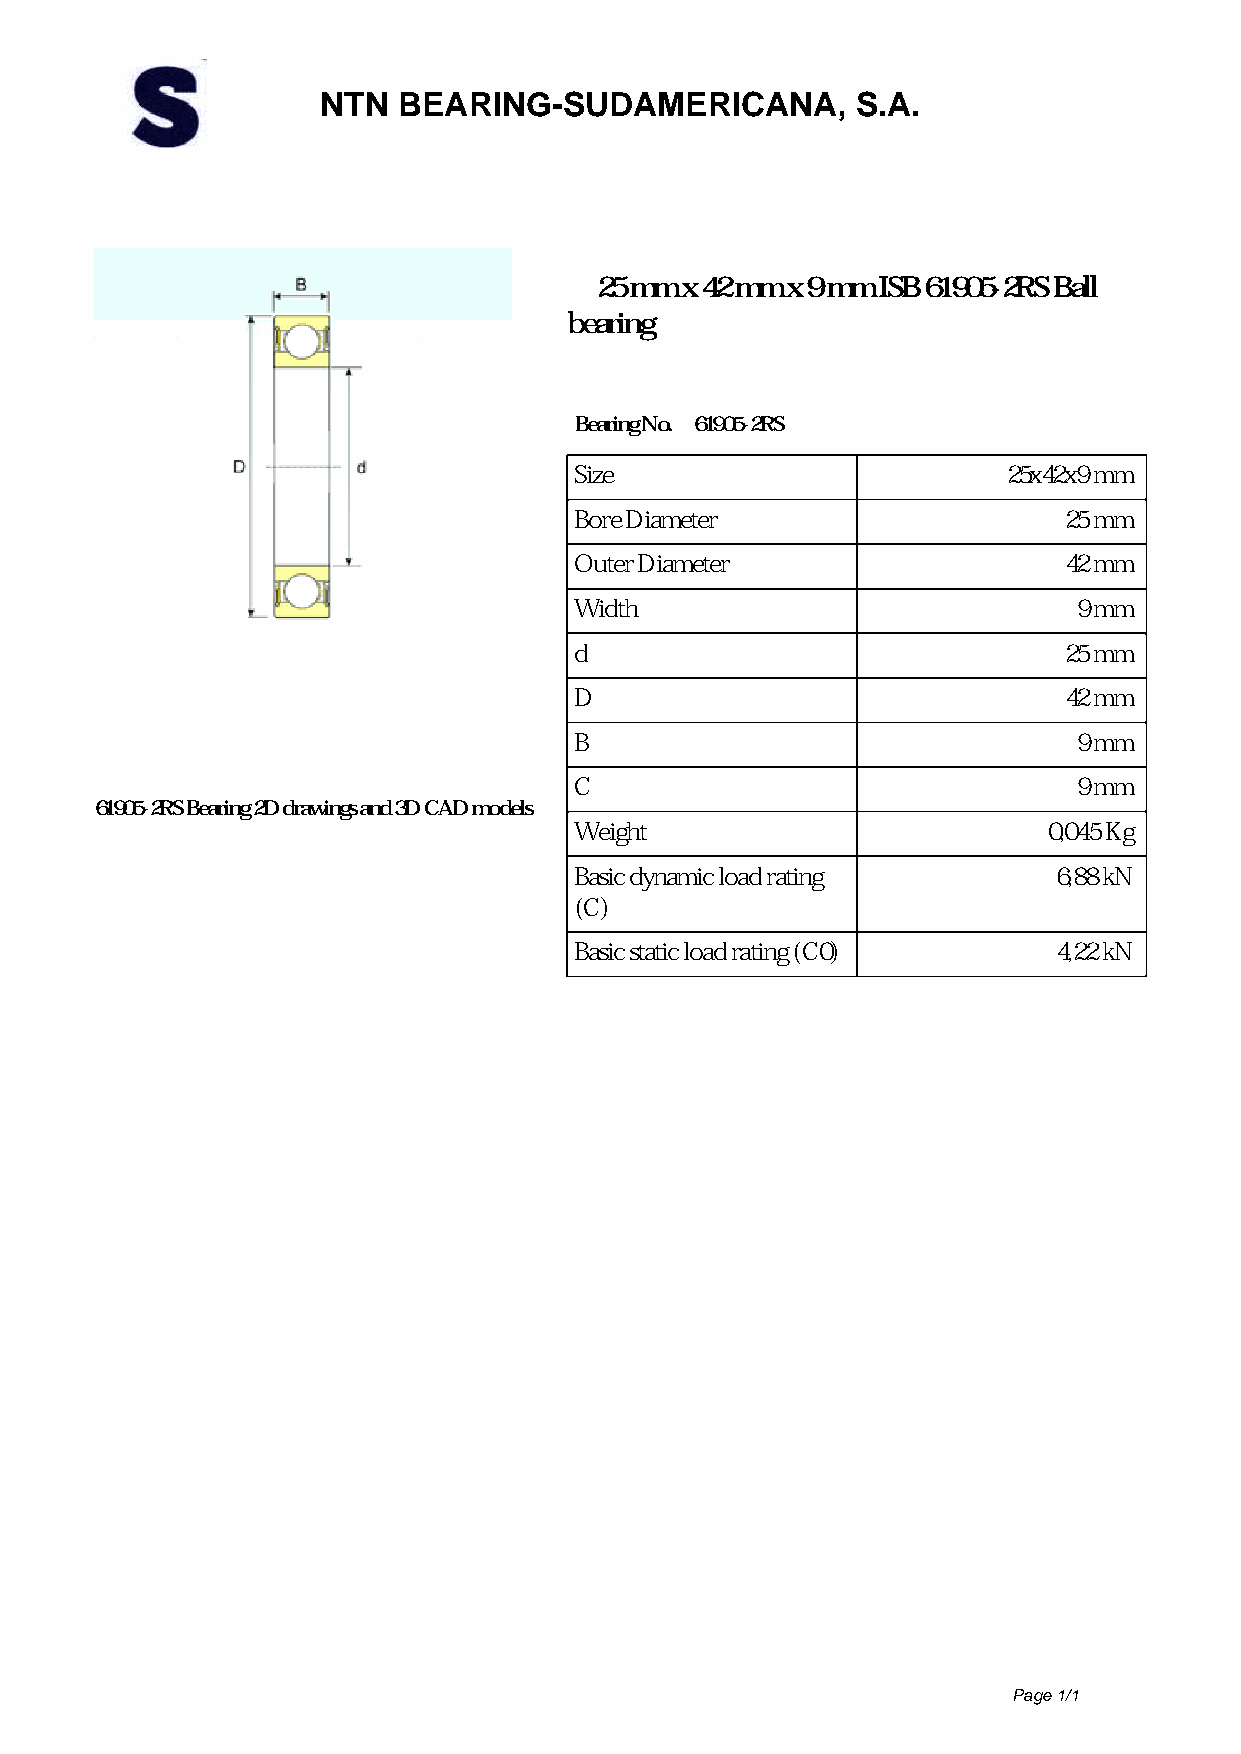
NTN  BEARING-SUDAMERICANA,          S.A.
 25 mm x 42 mm x 9 mm ISB 61905-2RS Ball
 bearing
 Bearing No. 61905-2RS
 Size                         25x42x9 mm
 Bore Diameter                   25 mm
 Outer Diameter                  42 mm
 Width                            9 mm
 d                               25 mm
 D                               42 mm
 B                                9 mm
 C                                9 mm
 61905-2RS Bearing 2D drawings and 3D CAD models
 Weight                         0,045 Kg
 Basic dynamic load rating       6,88 kN
 (C)
 Basic static load rating (C0)   4,22 kN
 Page 1/1
 Powered by TCPDF (www.tcpdf.org)